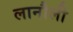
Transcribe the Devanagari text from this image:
लानौली